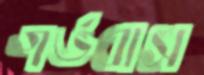
গর্ভবাস